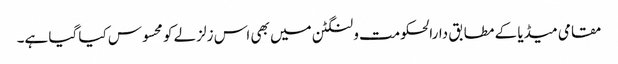
مقامی میڈیا کے مطابق دارالحکومت ولنگٹن میں بھی اس زلزلے کو محسوس کیا گیا ہے۔